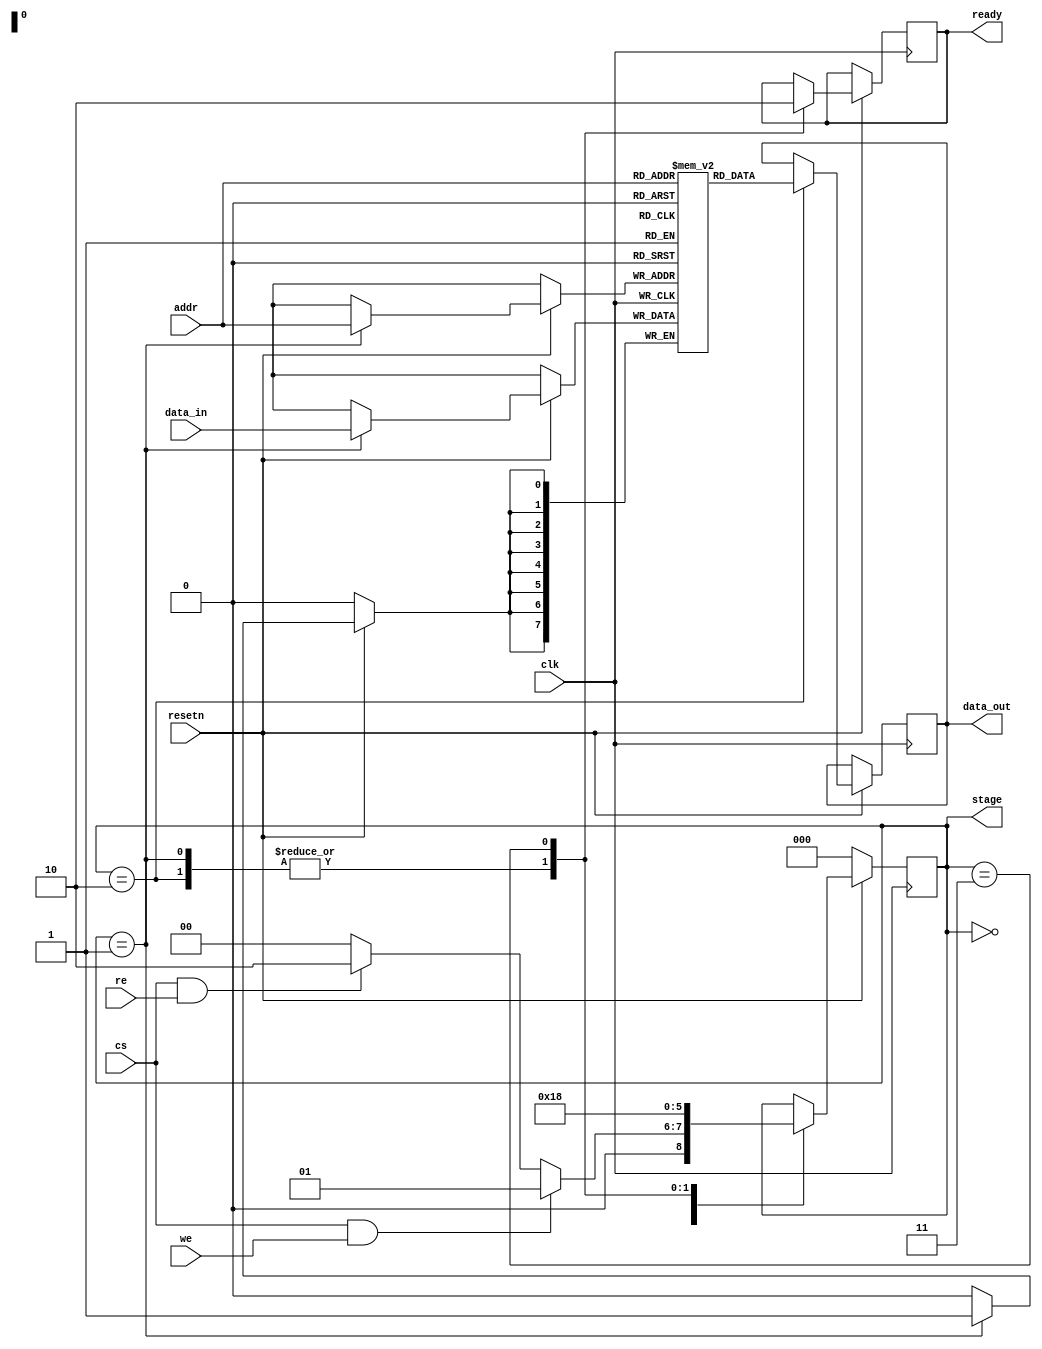
module mem
#(
	parameter DATA_WIDTH=8,
	parameter ADDR_WIDTH=8
)
(
input resetn,
input clk,
input cs,
input we,
input re,
//input mresetn
input [DATA_WIDTH-1:0]data_in,
input [ADDR_WIDTH-1:0]addr,
output reg [DATA_WIDTH-1:0]data_out,
output reg ready

,output reg [2:0] stage
);

reg [7:0]mem [0:2**ADDR_WIDTH-1];
//wire [7:0]mem_connect [0:2^^(ADDR_WIDTH-1)];
//assign mem_connect=mem;
// reg [2:0]stage;
localparam IDLE	 = 2'b00;
localparam WRITE = 2'b01;
localparam READ  = 2'b10;
localparam FINISH  = 2'b11;

always @(posedge clk) begin	
if(!resetn) begin
	stage <= IDLE;
end
else begin
case(stage)
	IDLE: begin
		//ready <= 1'b0;
		if(cs&we) begin
		
		stage <= WRITE;
		end
		else if(cs&re) begin
		
		stage <= READ;
		end
		else begin stage <= IDLE; end
	end
	WRITE: begin
	    //ready <= 1'b0;
		mem[addr] <= data_in;
		ready <= 1'b1;
		stage <= FINISH;
	end
	READ: begin
	    //ready <= 1'b0;
		data_out <= mem[addr];
		ready <= 1'b1;
		stage <= FINISH;
	end
	FINISH: begin
		ready <= 1'b0;
		stage <= IDLE;
	end
endcase
end
end

endmodule